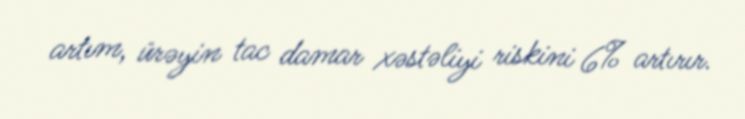
artım, ürəyin tac damar xəstəliyi riskini 6% artırır.